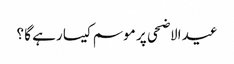
عید الاضحی پر موسم کیسا رہے گا ؟